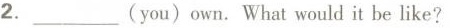
2.___（you）own.What would it be like？